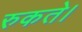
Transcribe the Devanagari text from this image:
रुकते।